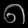
Digit: ၈